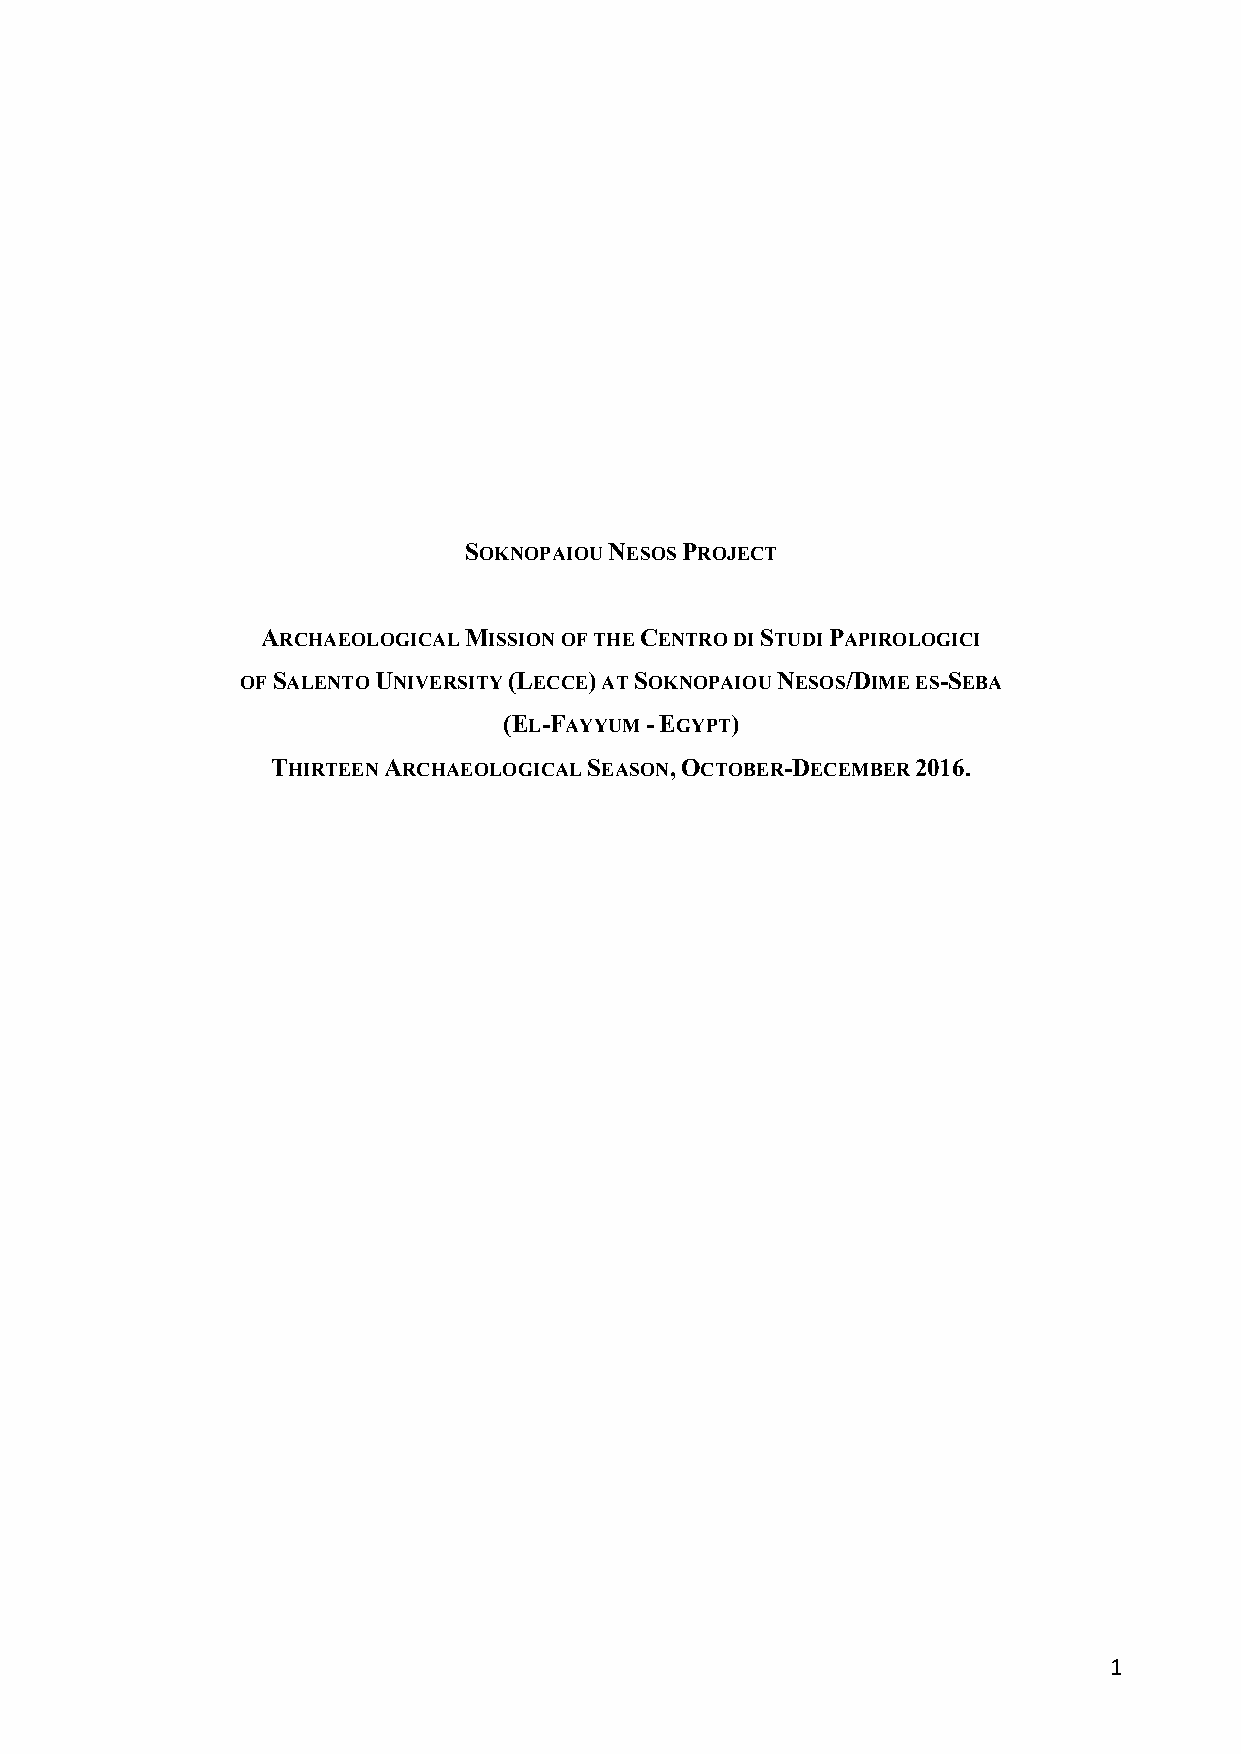
SOKNOPAIOU NESOS PROJECT
 ARCHAEOLOGICAL MISSION OF THE CENTRO DI STUDI PAPIROLOGICI
 OF SALENTO UNIVERSITY (LECCE) AT SOKNOPAIOU NESOS/DIME ES-SEBA
 (EL-FAYYUM - EGYPT)
 THIRTEEN ARCHAEOLOGICAL SEASON, OCTOBER-DECEMBER 2016.
 1